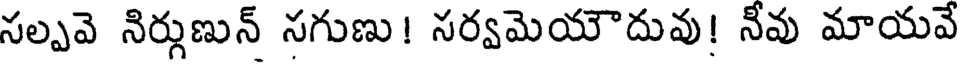
సల్పవె నిర్గుణున్ సగుణు! సర్వమెయౌదువు! నీవు మాయవే